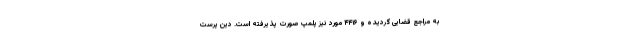
به مراجع قضایی گردیده و ۴۴۱۶ مورد نیز پلمپ صورت پذیرفته است. دین پرست